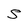
Character: S